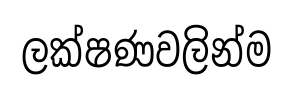
ලක්ෂණවලින්ම